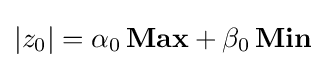
|z_{0}|=\alpha _{0}\,\mathbf {Max} +\beta _{0}\,\mathbf {Min}